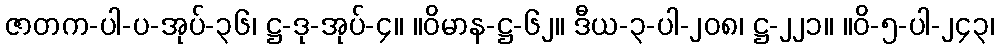
ဇာတက-ပါ-ပ-အုပ်-၃၆၊ ဋ္ဌ-ဒု-အုပ်-၄။ ။ဝိမာန-ဋ္ဌ-၆၂။ ဒီယ-၃-ပါ-၂၀၈၊ ဋ္ဌ-၂၂၁။ ။ဝိ-၅-ပါ-၂၄၃၊